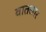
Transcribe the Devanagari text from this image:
वातसार